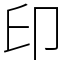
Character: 印